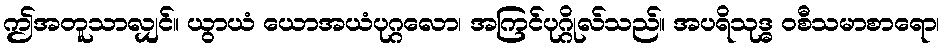
ဤအတူသာလျှင်။ ယွာယံ ယောအယံပုဂ္ဂလော၊ အကြင်ပုဂ္ဂိုလ်သည်။ အပရိသုဒ္ဓ ဝစီသမာစာရော၊